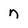
Character: n